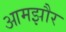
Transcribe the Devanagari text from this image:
आमझौर